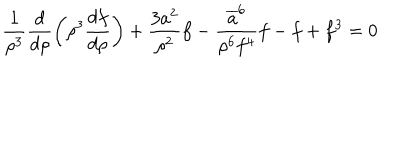
\frac { 1 } { \rho ^ { 3 } } \frac { d } { d \rho } \left( \rho ^ { 3 } \frac { d f } { d \rho } \right) + \frac { 3 a ^ { 2 } } { \rho ^ { 2 } } f - \frac { \overline { { { a } } } ^ { 6 } } { \rho ^ { 6 } f ^ { 4 } } f - f + f ^ { 3 } = 0